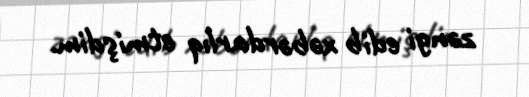
zəngi edib xəbərdarlıq etmişdim.